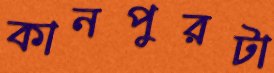
কানপুরটা